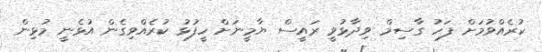
ކުރެއްވުމަށް ފަހު ގާސިމް ވިދާޅުވީ ރައީސް ޔާމީނަށް ހީފުޅު ކުރެއްވިގެން އުޅެނީ މުޅިން